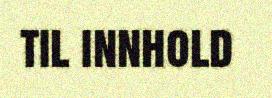
til innhold